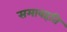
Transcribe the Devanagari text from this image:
समावहति